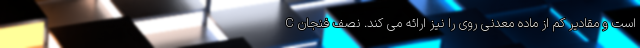
C است و مقادیر کم از ماده معدنی روی را نیز ارائه می کند. نصف فنجان